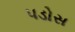
પડોસ